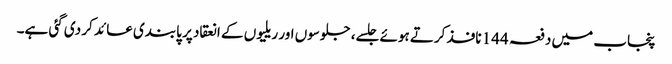
پنجاب میں دفعہ 144 نافذ کرتے ہوئے جلسے، جلوسوں اور ریلیوں کے انعقاد پر پابندی عائد کر دی گئی ہے۔